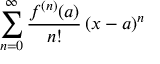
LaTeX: \sum _ { n = 0 } ^ { \infty } { \frac { f ^ { ( n ) } ( a ) } { n ! } } \, ( x - a ) ^ { n }